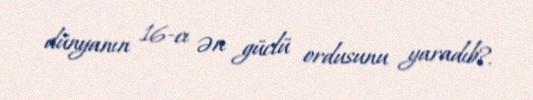
dünyanın 16-cı ən güclü ordusunu yaradıb?.